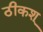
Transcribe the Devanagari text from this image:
ठीकश्